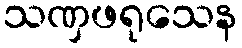
သဏှဖရုသေန